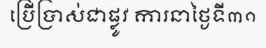
ប្រើប្រាស់ជាផ្លូវ ការនាថ្ងៃទី៣១